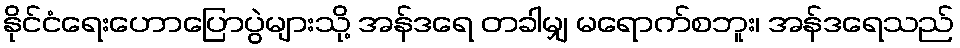
နိုင်ငံရေးဟောပြောပွဲများသို့ အန်ဒရေ တခါမျှ မရောက်စဘူး၊ အန်ဒရေသည်